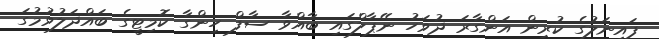
ފައިނަލުގެ ކުރިން އަންގާރަ ދުވަހު ނޭޕާލްގައި ބާއްވާ ސާފް ހިންގާ ކޮމިޓީގެ ބައްދަލުވުމުގަ